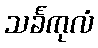
သင်္ခကုလံ